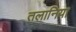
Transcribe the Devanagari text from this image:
तलानिया